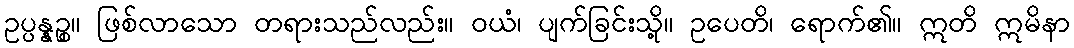
ဥပ္ပန္နဉ္စ။ ဖြစ်လာသော တရားသည်လည်း။ ဝယံ၊ ပျက်ခြင်းသို့။ ဥပေတိ၊ ရောက်၏။ ဣတိ ဣမိနာ